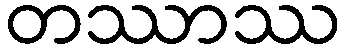
တဿာဿ